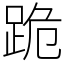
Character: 跪